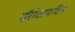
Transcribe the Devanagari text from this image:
पॅरोटायटिस